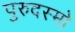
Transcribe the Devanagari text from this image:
पुरुदस्मो